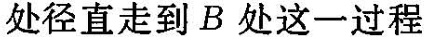
处径直走到B处这一过程